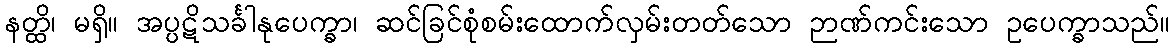
နတ္ထိ၊ မရှိ။ အပ္ပဋိသင်္ခါနုပေက္ခာ၊ ဆင်ခြင်စုံစမ်းထောက်လှမ်းတတ်သော ဉာဏ်ကင်းသော ဥပေက္ခာသည်။